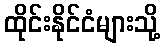
ထိုင်းနိုင်ငံများသို့